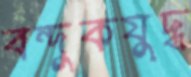
বন্দুকযুদ্ধ